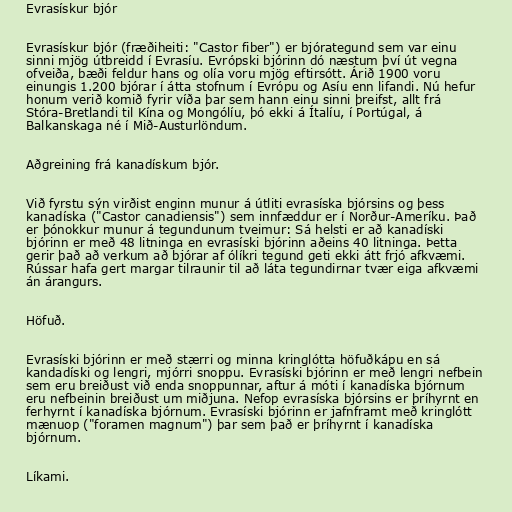
Evrasískur bjór

Evrasískur bjór (fræðiheiti: "Castor fiber") er bjórategund sem var einu
sinni mjög útbreidd í Evrasíu. Evrópski bjórinn dó næstum því út vegna
ofveiða, bæði feldur hans og olía voru mjög eftirsótt. Árið 1900 voru
einungis 1.200 bjórar í átta stofnum í Evrópu og Asíu enn lifandi. Nú hefur
honum verið komið fyrir víða þar sem hann einu sinni þreifst, allt frá
Stóra-Bretlandi til Kína og Mongólíu, þó ekki á Ítalíu, í Portúgal, á
Balkanskaga né í Mið-Austurlöndum.

Aðgreining frá kanadískum bjór.

Við fyrstu sýn virðist enginn munur á útliti evrasíska bjórsins og þess
kanadíska ("Castor canadiensis") sem innfæddur er í Norður-Ameríku. Það
er þónokkur munur á tegundunum tveimur: Sá helsti er að kanadíski
bjórinn er með 48 litninga en evrasíski bjórinn aðeins 40 litninga. Þetta
gerir það að verkum að bjórar af ólíkri tegund geti ekki átt frjó afkvæmi.
Rússar hafa gert margar tilraunir til að láta tegundirnar tvær eiga afkvæmi
án árangurs.

Höfuð.

Evrasíski bjórinn er með stærri og minna kringlótta höfuðkápu en sá
kandadíski og lengri, mjórri snoppu. Evrasíski bjórinn er með lengri nefbein
sem eru breiðust við enda snoppunnar, aftur á móti í kanadíska bjórnum
eru nefbeinin breiðust um miðjuna. Nefop evrasíska bjórsins er þríhyrnt en
ferhyrnt í kanadíska bjórnum. Evrasíski bjórinn er jafnframt með kringlótt
mænuop ("foramen magnum") þar sem það er þríhyrnt í kanadíska
bjórnum.

Líkami.